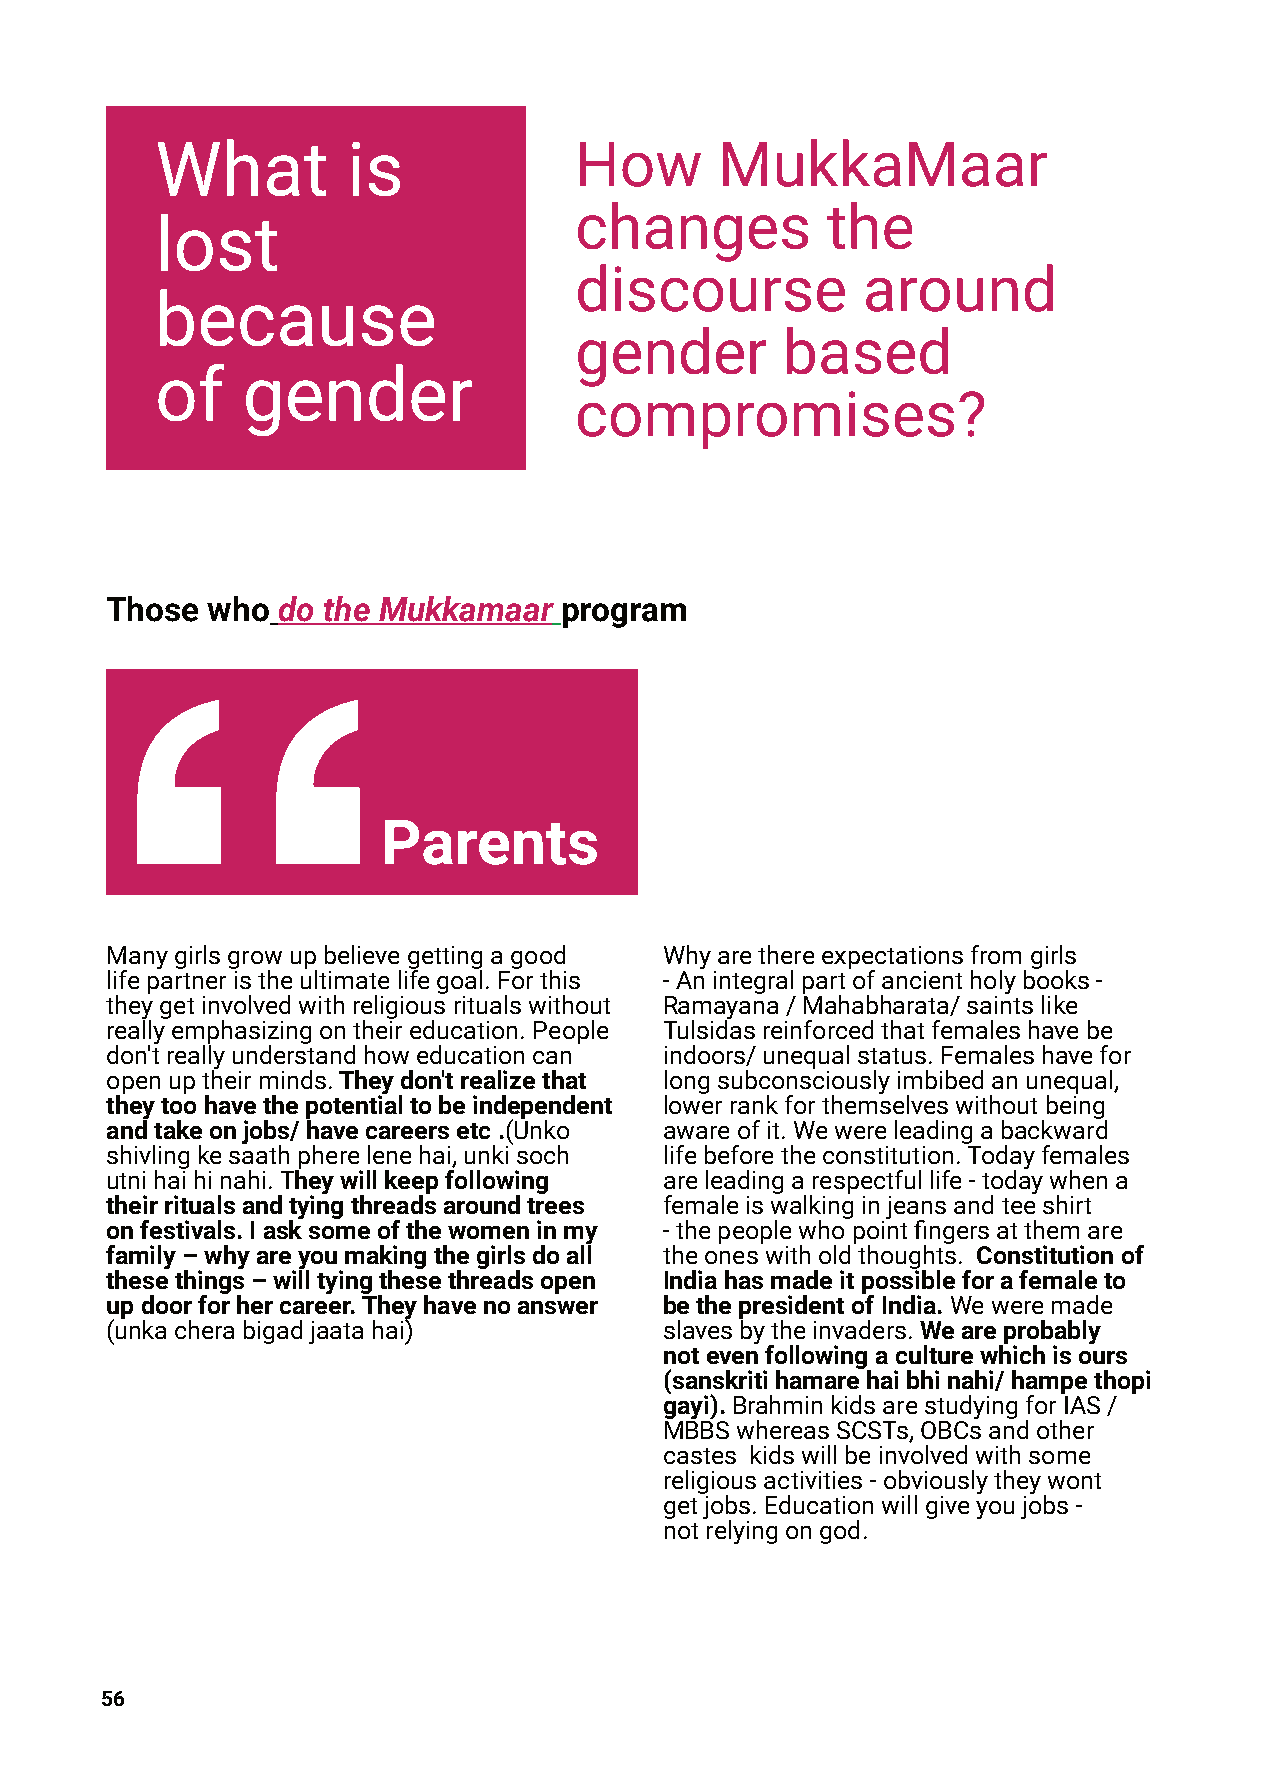
What         is             How       MukkaMaar
 changes          the
 lost
 discourse          around
 because
 gender        based
 of    gender
 compromises?
 Those  who do the Mukkamaar   program
 Parents
 Manygirlsgrowupbelievegettingagood   Whyarethereexpectationsfromgirls
 lifepartneristheultimatelifegoal.Forthis -Anintegralpartofancientholybooks-
 theygetinvolvedwithreligiousritualswithout Ramayana/Mahabharata/saintslike
 reallyemphasizingontheireducation.People Tulsidasreinforcedthatfemaleshavebe
 don'treallyunderstandhoweducationcan indoors/unequalstatus.Femaleshavefor
 openuptheirminds.Theydon'trealizethat longsubconsciouslyimbibedanunequal,
 theytoohavethepotentialtobeindependent lowerrankforthemselveswithoutbeing
 andtakeonjobs/havecareersetc.(Unko   awareofit.Wewereleadingabackward
 shivlingkesaathpherelenehai,unkisoch lifebeforetheconstitution.Todayfemales
 utnihaihinahi.Theywillkeepfollowing  areleadingarespectfullife-todaywhena
 theirritualsandtyingthreadsaroundtrees femaleiswalkinginjeansandteeshirt
 onfestivals.Iasksomeofthewomeninmy   -thepeoplewhopointfingersatthemare
 family–whyareyoumakingthegirlsdoall  theoneswitholdthoughts. Constitutionof
 thesethings–willtyingthesethreadsopen Indiahasmadeitpossibleforafemaleto
 updoorforhercareer.Theyhavenoanswer  bethepresidentofIndia.Weweremade
 (unkacherabigadjaatahai)             slavesbytheinvaders.Weareprobably
 notevenfollowingaculturewhichisours
 (sanskritihamarehaibhinahi/hampethopi
 gayi).BrahminkidsarestudyingforIAS/
 MBBSwhereasSCSTs,OBCsandother
 castes kidswillbeinvolvedwithsome
 religiousactivities-obviouslytheywont
 getjobs.Educationwillgiveyoujobs-
 notrelyingongod.
 56